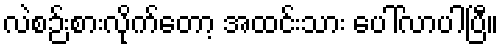
လဲစဉ်းစားလိုက်တော့ အထင်းသား ပေါ်လာပါပြီ။